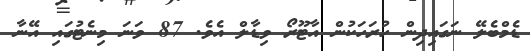
ޑެމްބެލޭ ނަގައިދިން ހުރަހަކުން އާޓޫރޯ ވިޑާލް އެވެ. 87 ވަނަ މިނެޓުގައި އޭނާ